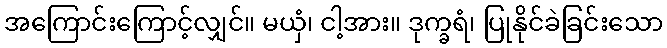
အကြောင်းကြောင့်လျှင်။ မယှံ၊ ငါ့အား။ ဒုက္ခရံ၊ ပြုနိုင်ခဲခြင်းသော